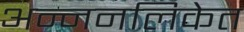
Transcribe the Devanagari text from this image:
अन्ननलिकेत